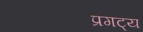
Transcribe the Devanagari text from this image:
प्रगट्य